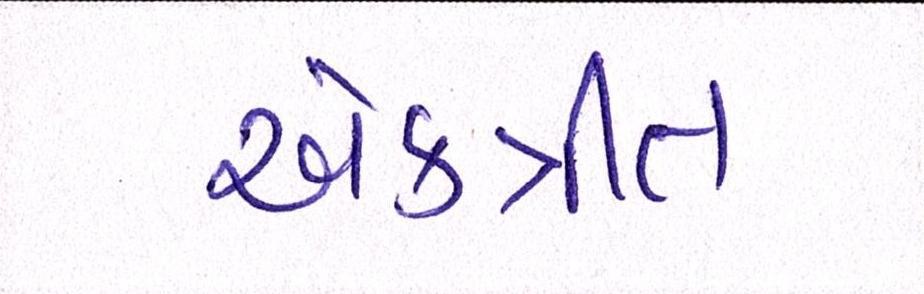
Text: એકત્રીત